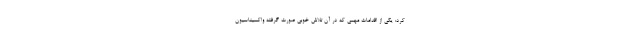
کرد: یکی از اقدامات مهمی که در آن تلاش خوبی صورت گرفته واکسیناسیون